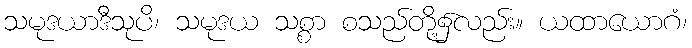
သမုဒယာဒီသုပိ၊ သမုဒယ သစ္စာ စသည်တို့၌လည်း။ ယထာယောဂံ၊